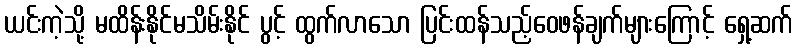
ယင်းကဲ့သို့ မထိန်းနိုင်မသိမ်းနိုင် ပွင့် ထွက်လာသော ပြင်းထန်သည့်ဝေဖန်ချက်များကြောင့် ရှေ့ဆက်